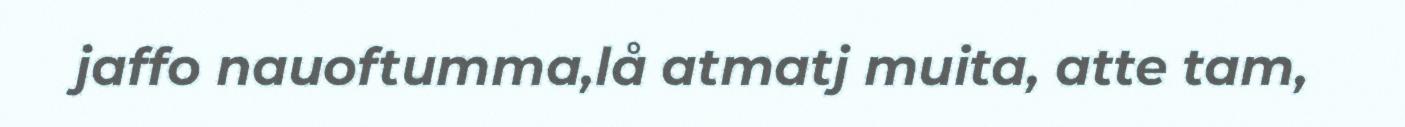
jaffo nauoftumma,lå atmatj muita, atte tam,